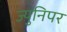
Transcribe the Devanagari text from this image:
ज्युनिपर